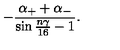
- \frac { \alpha _ { + } + \alpha _ { - } } { \sin { \frac { n \gamma } { 1 6 } } - 1 } .